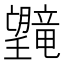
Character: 𪱯